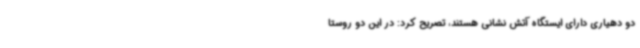
دو دهیاری دارای ایستگاه آتش نشانی هستند، تصریح کرد: در این دو روستا